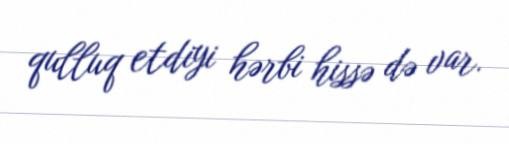
qulluq etdiyi hərbi hissə də var.